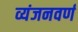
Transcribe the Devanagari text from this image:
व्यंजनवर्ण